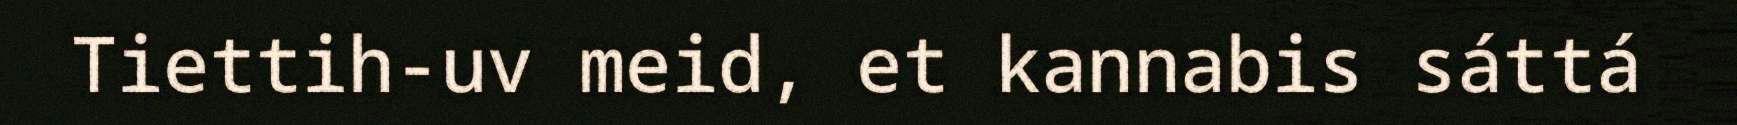
Tiettih-uv meid, et kannabis sáttá